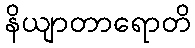
နိယျာတာရောတိ